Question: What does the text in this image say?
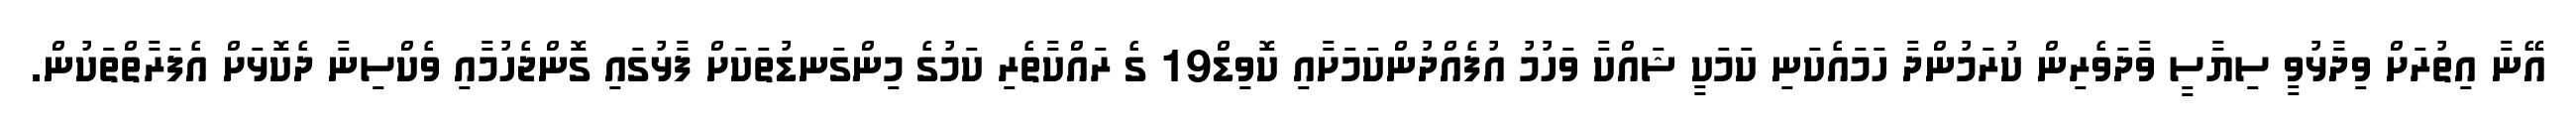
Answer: އޭނާ އިތުރަށް ވިދާޅުވީ ސިޔާސީ ވާދަވެރިން ކުރަމުންދާ ހަމައެކަނި ކަމަކީ ޝައްކާ ވަހުމު އުފެއްދުންކަމަށާއި ކޮވިޑް19 ގެ ރައްކާތެރި ކަމުގެ މިންގަނޑުތަކަށް ފާޅުގައި ގޮންޖެހުމާއި ވެކްސިނާ ދެކޮޅަށް އެފަރާތްތަކުން.